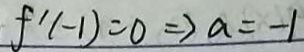
f ^ { \prime } ( - 1 ) = 0 \Rightarrow a = - 1